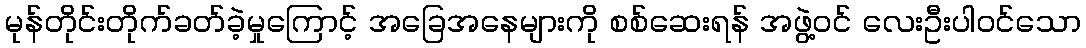
မုန်တိုင်းတိုက်ခတ်ခဲ့မှုကြောင့် အခြေအနေများကို စစ်ဆေးရန် အဖွဲ့ဝင် လေးဦးပါဝင်သော